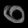
Digit: ၀